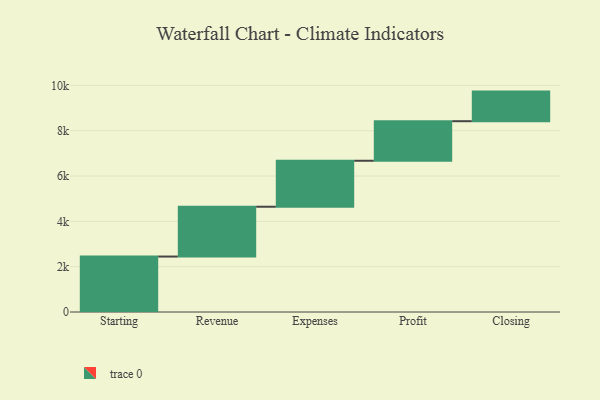
{"axis": {"x": "Step", "y": "Value"}, "legend": [""], "data": [{"x": "Starting", "y": 2447.0, "type": ""}, {"x": "Revenue", "y": 2198.0, "type": ""}, {"x": "Expenses", "y": 2029.0, "type": ""}, {"x": "Profit", "y": 1746.0, "type": ""}, {"x": "Closing", "y": 1306.0, "type": ""}]}